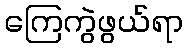
ကြေကွဲဖွယ်ရာ